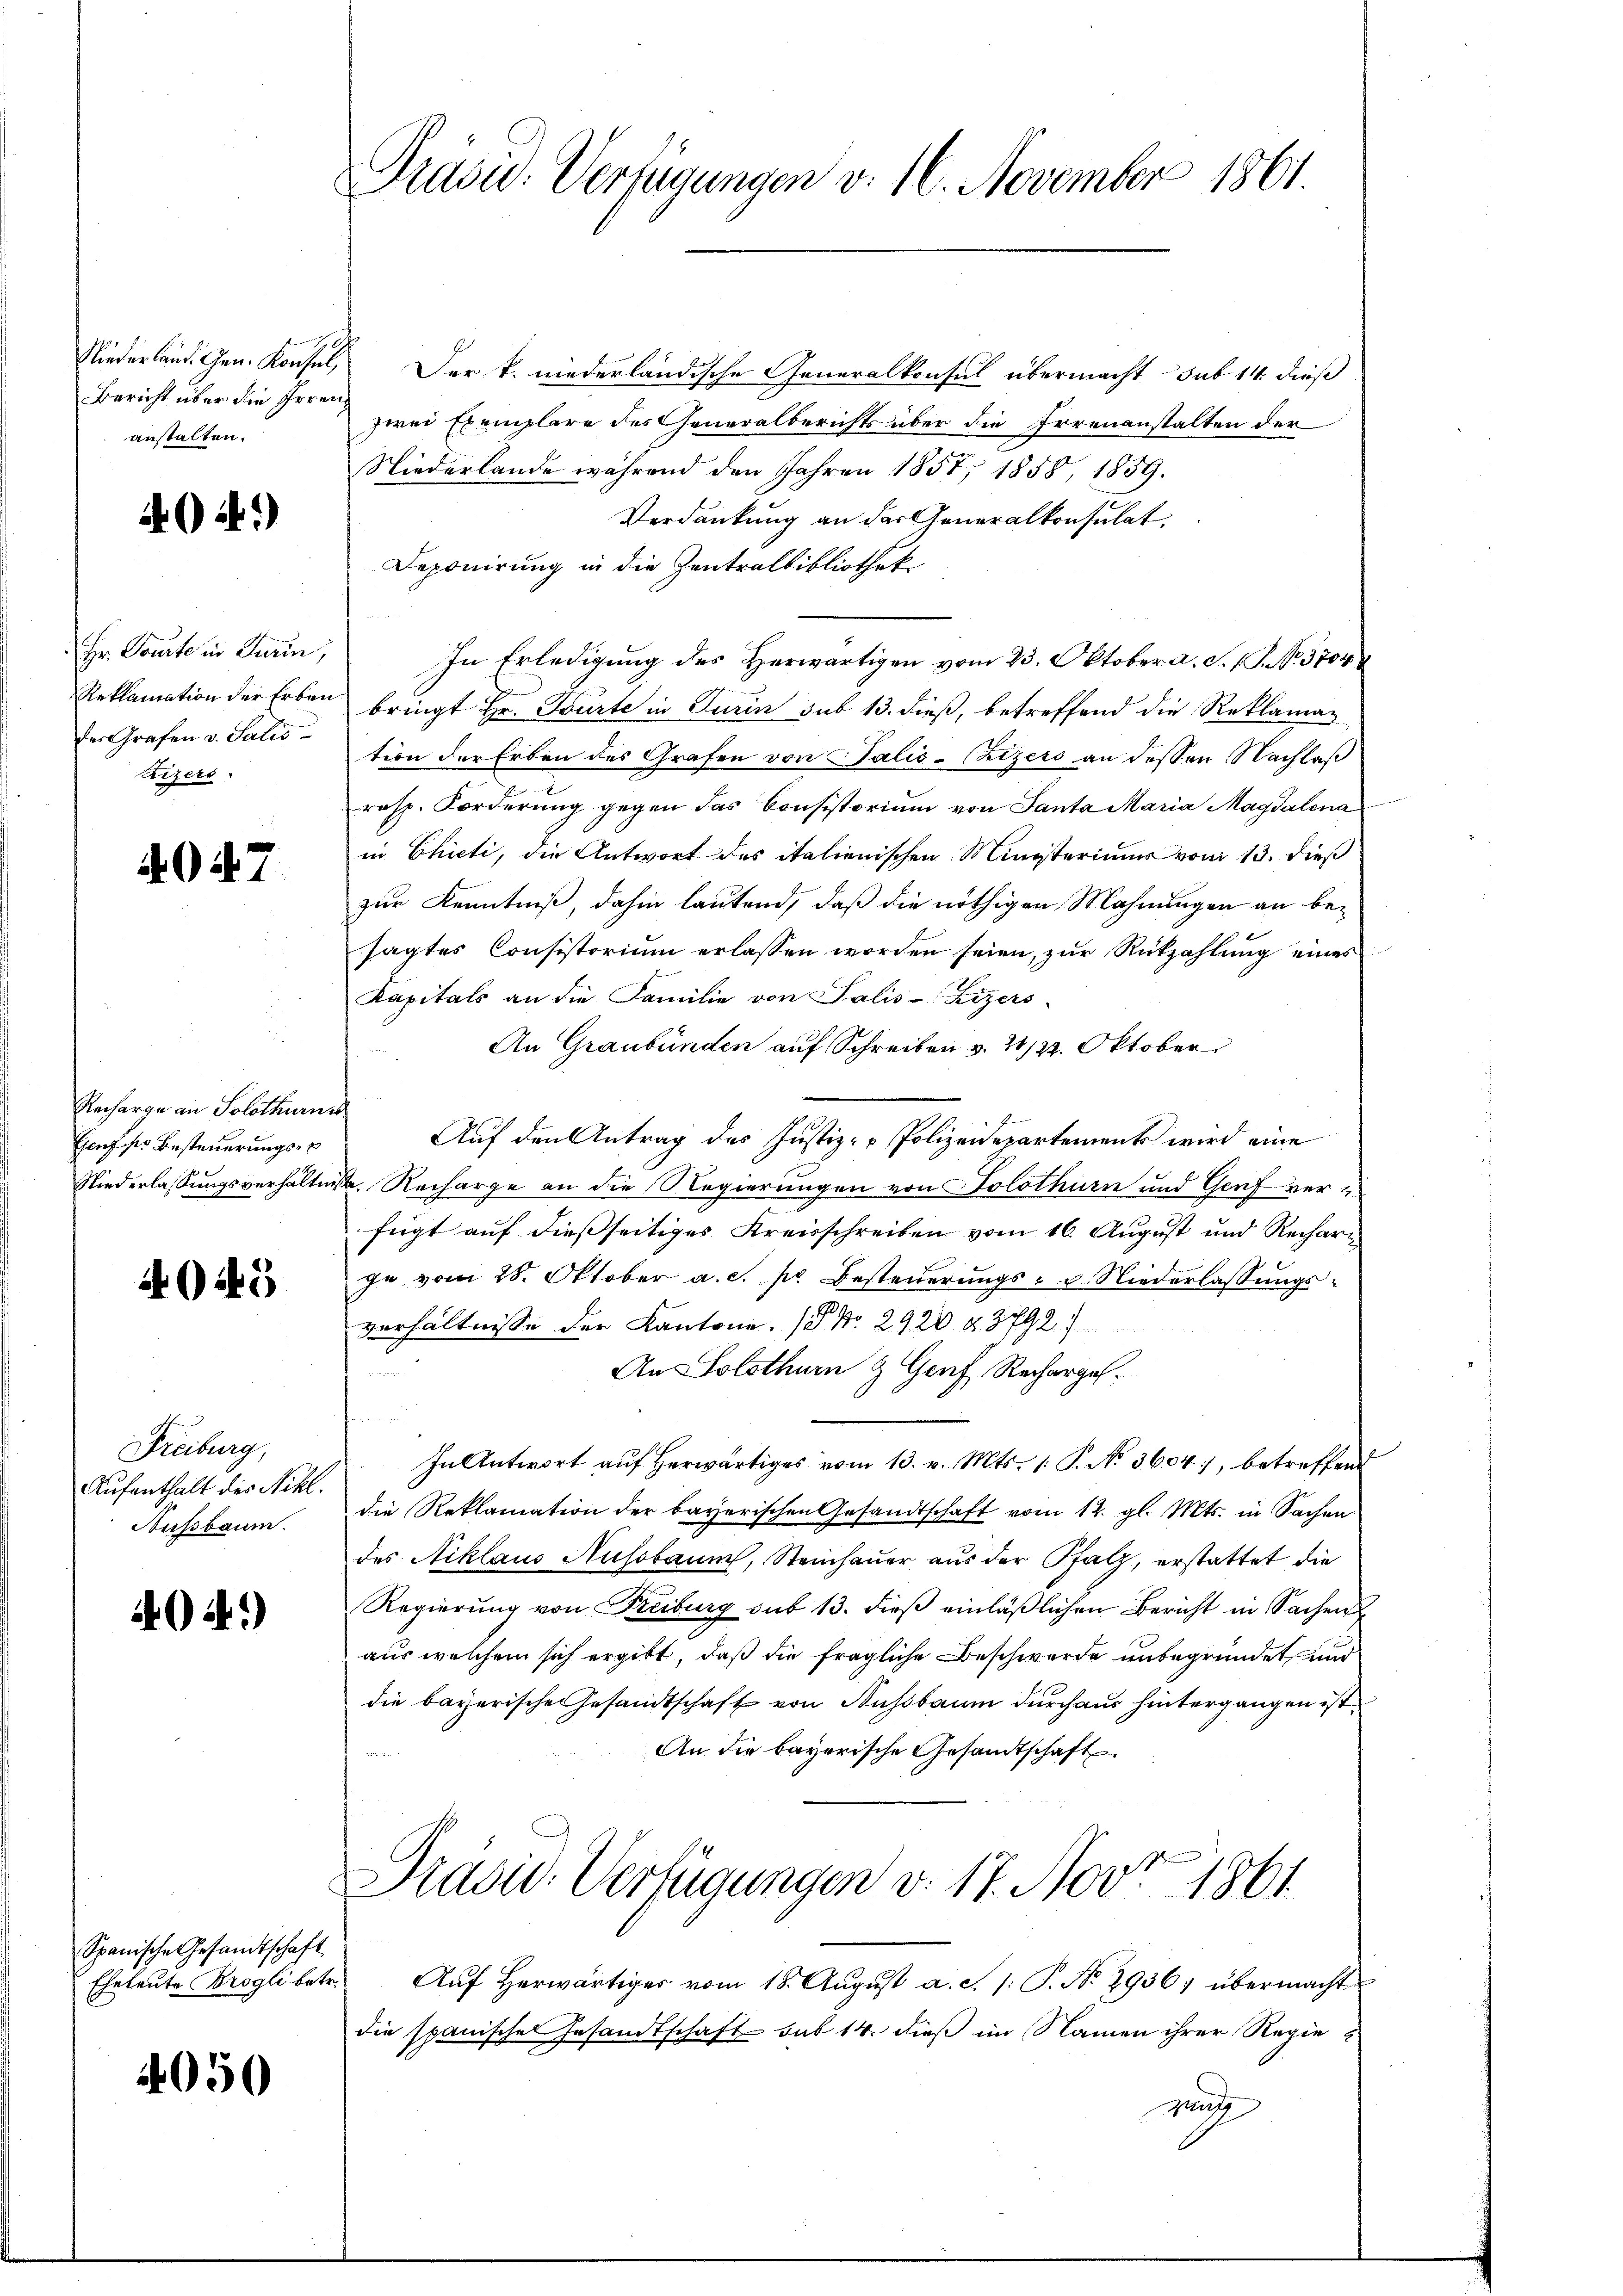
Niederland. Gen. Konsul,
Bericht über die Irrei
anstalten.

G.)

Hr. Toute in Turin,
Reklamation der Erben
der Grafen v. Salis
Lizers.

047

Recharge an Solothurn
Esenf so Besteuerungs-
Niederlassungsverhältn

A045

Freiburg,
Aufenthalt des Nikl.
Aussbaum.

404)

Spanische Gesandtschaft
Eheleute Brogli betr.

4050

Präsid.. Verfügungen v. 16. November 1861.

Der k. niederländische Generalkonsul übermacht sub 14. dieß
zwei Exemplare des Generalberichts über die Irrenanstalten der
Niederlande während den Jahren 1857, 1858, 1859.
Verdankung an das Generalkonsulat,
Deponirung in die Zentralbibliothek
In Erledigung des Herwärtigen vom 23. Oktober a. S. 18. No. 3704
bringt Hr. Tourte in Turin sub 13. dieß, betreffend die Reklaman
tion der Erben des Grafen von Talis-Chizers an dessen Nachlaß
resp. Forderung gegen das Consistorium von Santa Maria Magdalena
in Chicti, die Antwort des italienischen Ministerimum vom 13. dieß
zur Kenntniß, dahin lautend, daß die nöthigen Mahnungen an besagtes Consistorium erlassen worden seien, zur Rückzahlung eines
Kapitals an die Familie von Salis-Rizers
An Graubünden auf Schreiben v. 21/22. Oktober
¬
Auf den Antrag des Justiz-Polizeidepartements wird eine
d. Recharge an die Regierungen von Solothurn und Genf verfügt auf dießseitiges Kreisschreiben vom 16. August und Rechari
je vom 28. Oktober a. c. pr Besteuerungs- u. Niederlassungsverhältnisse der Kantone. P. Nr. 2920 § 3792.
An Solothurn & Genf, Recharges.
d
In Antwort aŭf herwärtiges vom 13. v. Mts. 1. P. No 3604, betreffend
die Reklamation der bayerischen Gesandtschaft vom 12. gl. Mts. in Sachen
des Niklaus Aussbaum, Steinhauer aus der Pfalz, erstattet die
Regierung von Freiburg sub 13. dieβ einläßlichen Bericht in Sachen
aus welchem sich ergibt, daß die fragliche Beschwerde unbegründet und
die bayerische Gesandtschaft von Nußbaum durch aus hintergangen ist.
An die bayerische Gesandtschaft
Prasis. Verfügungen v. 17. Nov. 1861
 Aŭf herwärtiger vom 18. Aŭgŭst a. c. s. S. No. 2936; übermacht
die spanischer Gesandtschaft sub 14. dieß im Namen ihrer Regie¬
Ruf |